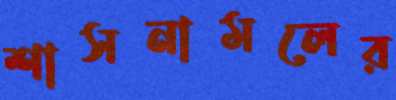
শাসনামলের